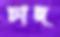
চাদ